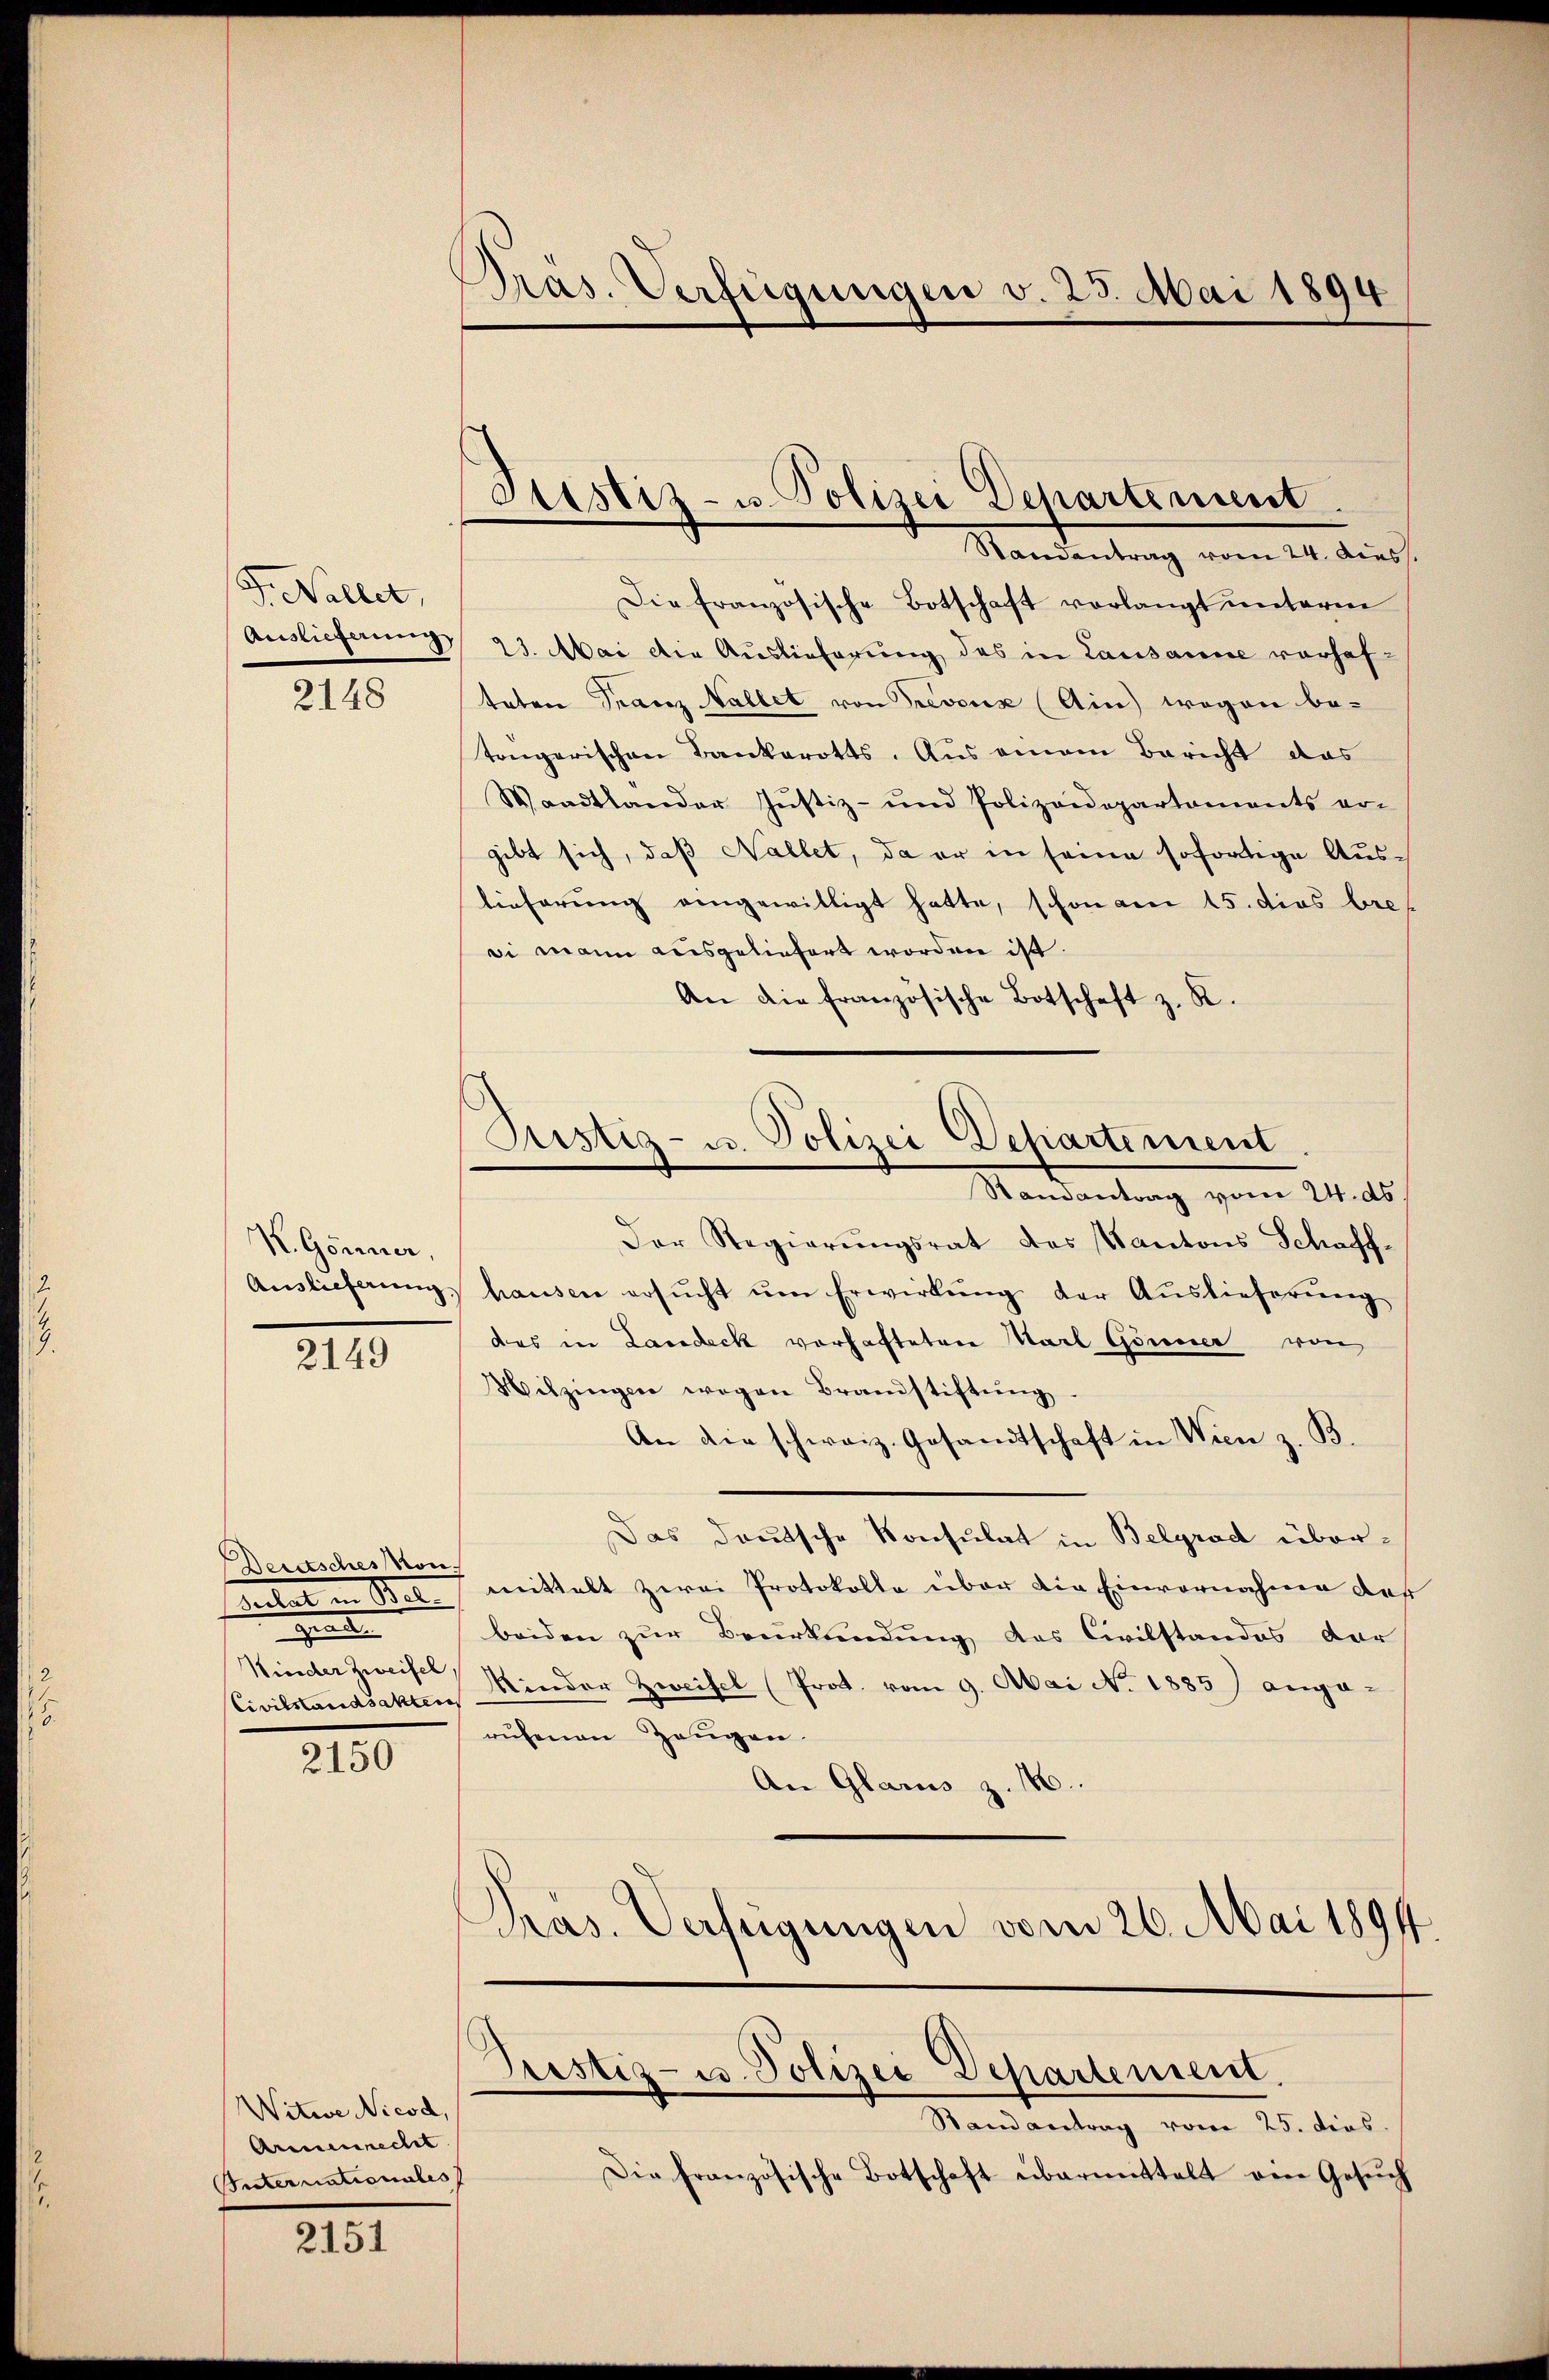
G. Nellet,

2148

K. Gönner,

2149

Deutsches von
bietet ein Stel
e
Civilstandsakten

2150

Witwe Nicod,
Armenrecht
Internationales

2151

Pras. Verfügungen v. 23. Mai 1894

Der Regierungsrat des Kantons Schaff¬
Auslieferŭng, hausen ersŭcht ŭm Erwirkŭng der Aŭslieferŭng
das in Landeck vorhafteten Karl Görner von
Witzingen wegen Brandstiftung
An die schweiz. Gesandtschaft in Wien z. B.
Das deutsche Konsulat in Belgrad übermittelt zwei Protokolle über die Einvernahme des
beiden zur Beurkundung des Civilstandes dar¬
Kinder Zweife Kinder Zweifel (Prot. vom 9. Mai No 1885) ange-
rŭfenen Zeugen.
An Glarus z. 186.
Pras. Verfügungen vom 26. Mai 1891

Die Französische Botschaft verlangt unterm
Auslieferung 23. Mai die Auslieferung des in Lausanne vorhaftaten Franz allet von revoux (Ain) wogen be-
tengarischen Bankerotts. Aus einem Bericht das
Waadtlander Justiz- und Polizeidepartaments er-
gibt sich, daß Nallet, da er in seine sofortige Auslieferung eingewilligt hatte, schon am 15. dies bre
si mann ausgeliefert worden ist.
An die französische Botschaft z. R.

Justiz- u. Polizei Departement
Standentrag vom 24. dies

Sistig- u. Polizei Departement
Randantrag vom 24. ds.

Prustiz- u. Polizei Departement.

Randantrag vom 25. dies
Die französische Botschaft übermittelt ein Gesŭch